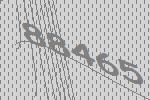
88465